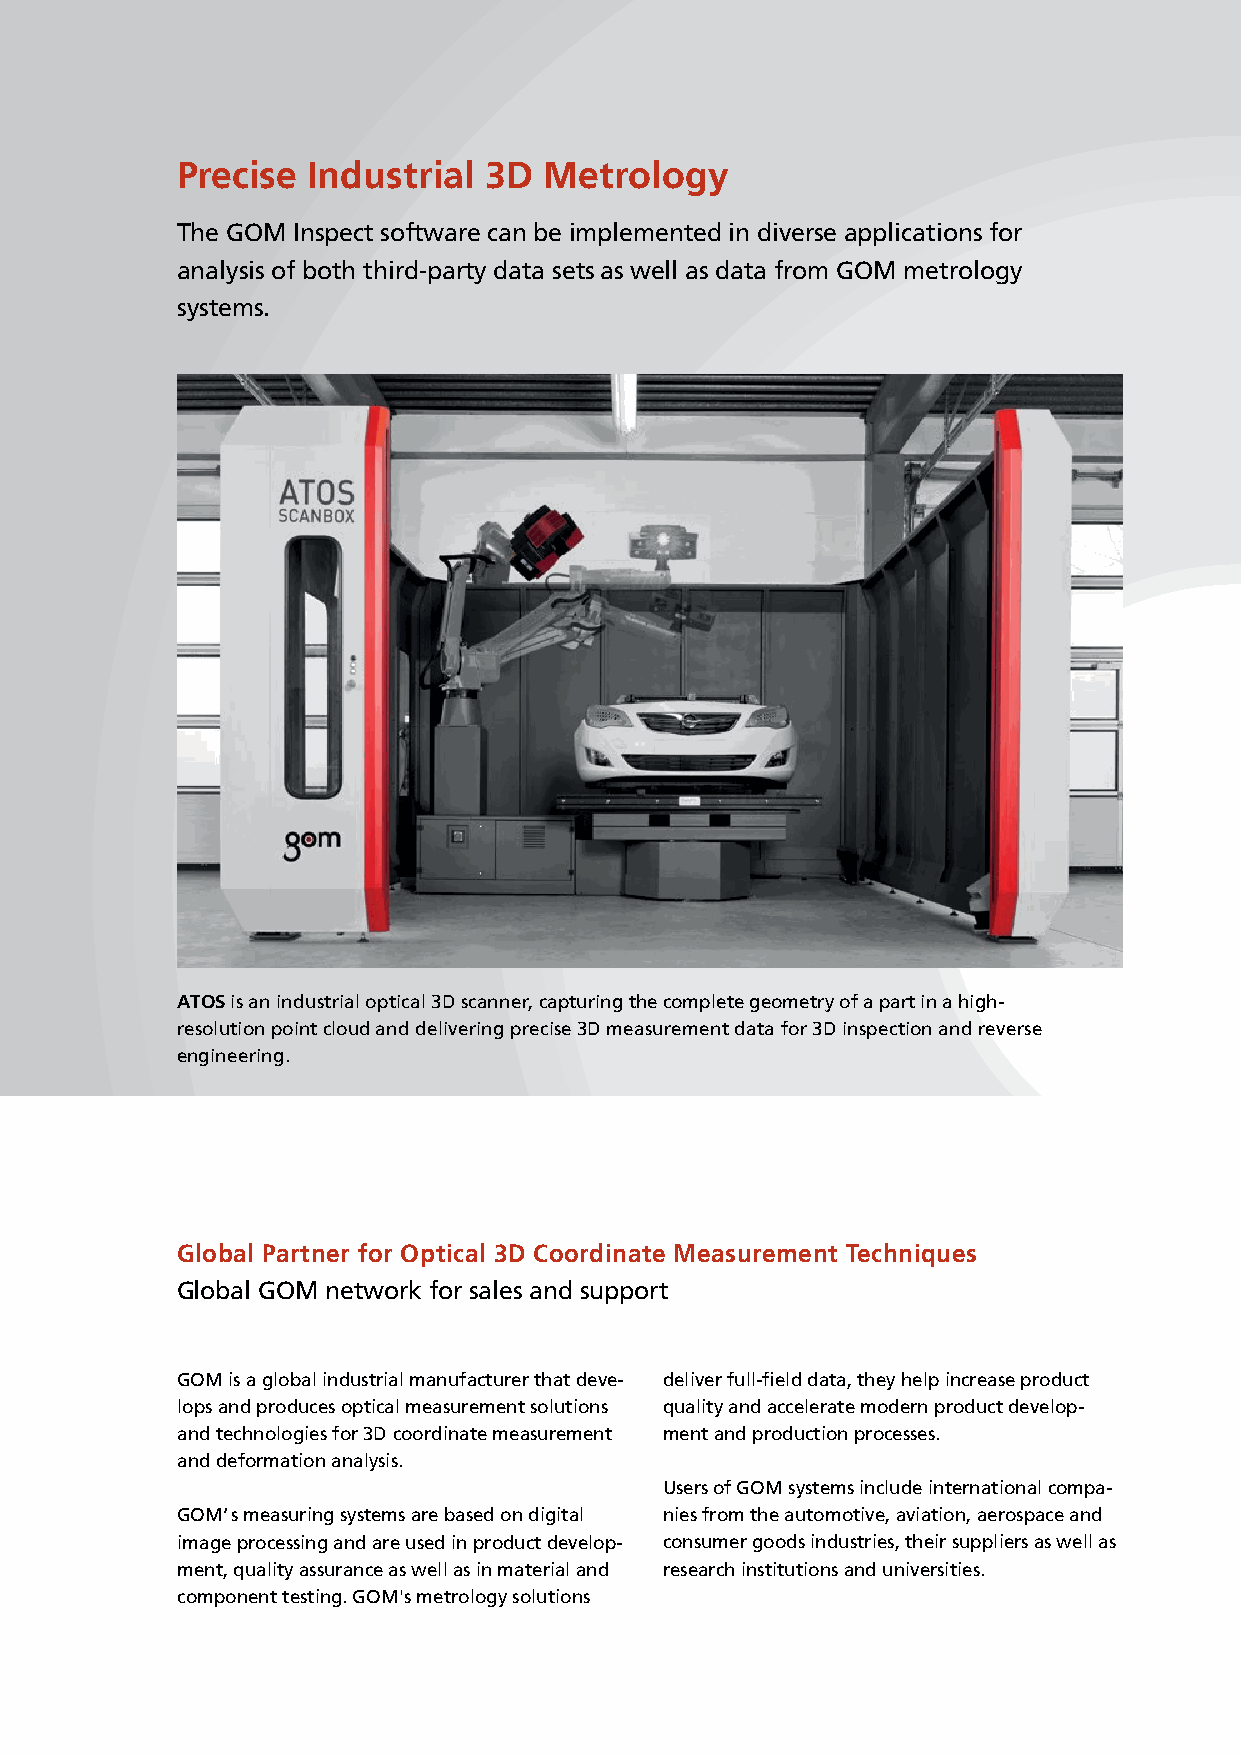
Precise Industrial  3D  Metrology
 The GOM Inspect software can be implemented in diverse applications for
 analysis of both third-party data sets as well as data from GOM metrology
 systems.
 ATOS is an industrial optical 3D scanner, capturing the complete geometry of a part in a high-
 resolution point cloud and delivering precise 3D measurement data for 3D inspection and reverse
 engineering.
 Global Partner for Optical 3D Coordinate Measurement Techniques
 Global GOM network for sales and support
 GOM is a global industrial manufacturer that deve- deliver full-field data, they help increase product
 lops and produces optical measurement solutions quality and accelerate modern product develop-
 and technologies for 3D coordinate measurement ment and production processes.
 and deformation analysis.
 Users of GOM systems include international compa-
 GOM‘ s measuring systems are based on digital nies from the automotive, aviation, aerospace and
 image processing and are used in product develop- consumer goods industries, their suppliers as well as
 ment, quality assurance as well as in material and research institutions and universities.
 component testing. GOM's metrology solutions